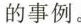
的事例。